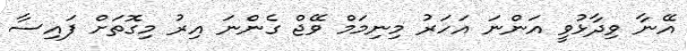
އޭނާ ވިދާޅުވީ އަންނަ އަހަރު މިނިމަމް ވޭޖް ގެންނަ އިރު މިގޮތަށް ފައިސާ